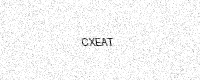
Text: CXEAT